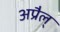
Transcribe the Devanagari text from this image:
अप्रैल्